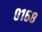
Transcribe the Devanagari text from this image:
०१६८